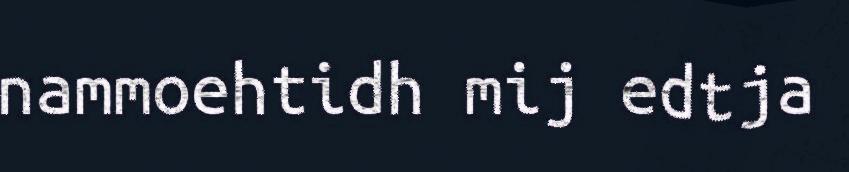
nammoehtidh mij edtja